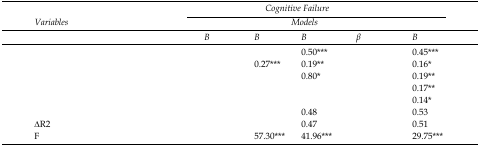
<table><thead><tr><td rowspan="2"><b>Variables</b></td><td colspan="5"><b>Cognitive Failure</b></td></tr><tr><td colspan="5"><b>Models</b></td></tr><tr><td>[EMPTY_CELL]</td><td><b>Β</b></td><td><b>Β</b></td><td><b>Β</b></td><td><b>β</b></td><td><b>Β</b></td></tr></thead><tbody><tr><td>[EMPTY_CELL]</td><td>[EMPTY_CELL]</td><td>[EMPTY_CELL]</td><td>0.50***</td><td>[EMPTY_CELL]</td><td>0.45***</td></tr><tr><td>[EMPTY_CELL]</td><td>[EMPTY_CELL]</td><td>0.27***</td><td>0.19**</td><td>[EMPTY_CELL]</td><td>0.16*</td></tr><tr><td>[EMPTY_CELL]</td><td>[EMPTY_CELL]</td><td>[EMPTY_CELL]</td><td>0.80*</td><td>[EMPTY_CELL]</td><td>0.19**</td></tr><tr><td>[EMPTY_CELL]</td><td>[EMPTY_CELL]</td><td>[EMPTY_CELL]</td><td>[EMPTY_CELL]</td><td>[EMPTY_CELL]</td><td>0.17**</td></tr><tr><td>[EMPTY_CELL]</td><td>[EMPTY_CELL]</td><td>[EMPTY_CELL]</td><td>[EMPTY_CELL]</td><td>[EMPTY_CELL]</td><td>0.14*</td></tr><tr><td>[EMPTY_CELL]</td><td>[EMPTY_CELL]</td><td>[EMPTY_CELL]</td><td>0.48</td><td>[EMPTY_CELL]</td><td>0.53</td></tr><tr><td>∆R2</td><td>[EMPTY_CELL]</td><td>[EMPTY_CELL]</td><td>0.47</td><td>[EMPTY_CELL]</td><td>0.51</td></tr><tr><td>F</td><td>[EMPTY_CELL]</td><td>57.30***</td><td>41.96***</td><td>[EMPTY_CELL]</td><td>29.75***</td></tr></tbody></table>